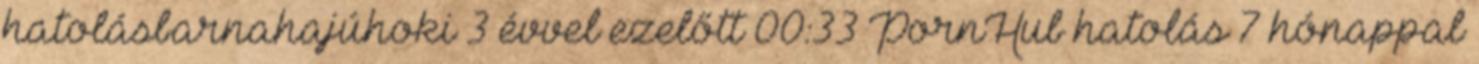
hatolásbarnahajúhoki 3 évvel ezelőtt 00:33 PornHub hatolás 7 hónappal